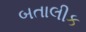
બતાલીક